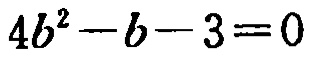
\(4b^{2}-b - 3 = 0\)